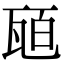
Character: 瓸